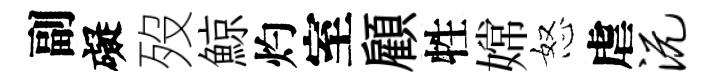
副礙歿鯨灼室顧牲嫦怒虐沅